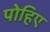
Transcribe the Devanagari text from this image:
पोहिए